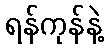
ရန်ကုန်နဲ့